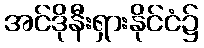
အင်ဒိုနီးရှားနိုင်ငံ၌